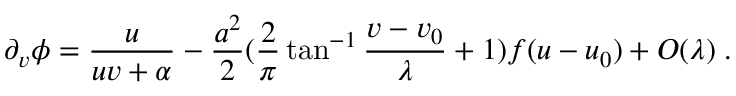
\partial _ { v } \phi = \frac { u } { u v + \alpha } - \frac { a ^ { 2 } } { 2 } ( \frac { 2 } { \pi } \tan ^ { - 1 } \frac { v - v _ { 0 } } { \lambda } + 1 ) f ( u - u _ { 0 } ) + { \cal O } ( \lambda ) \; .